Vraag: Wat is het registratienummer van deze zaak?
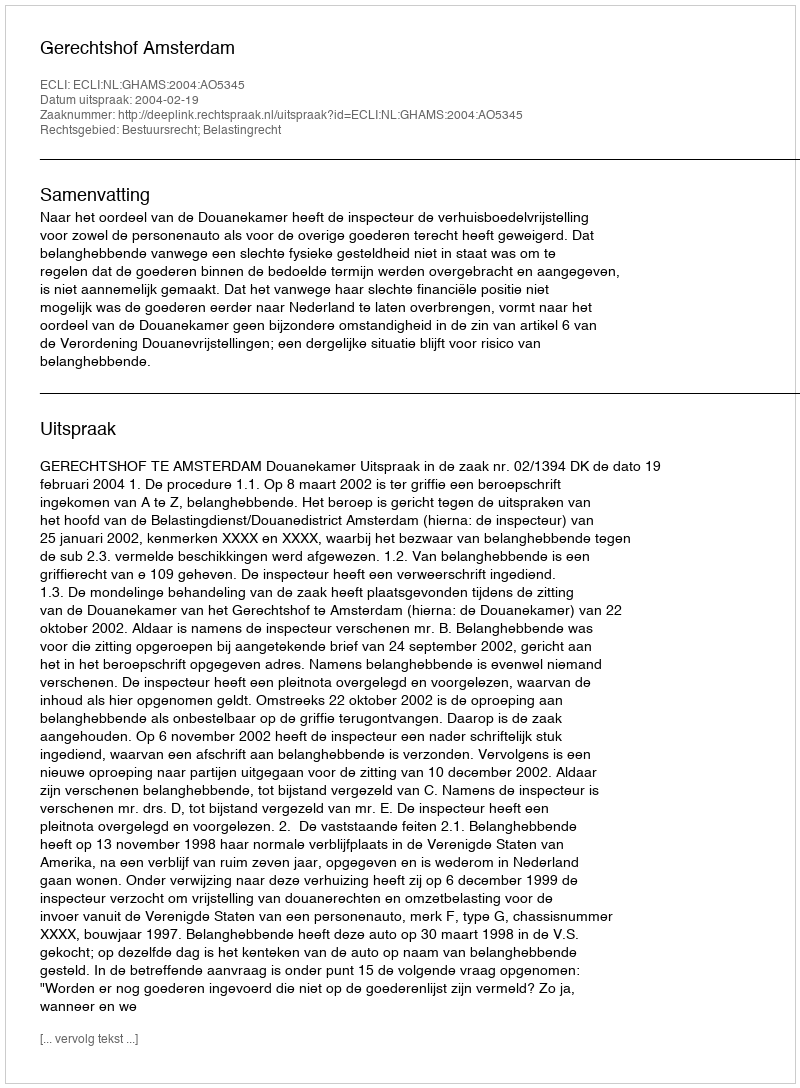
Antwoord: http://deeplink.rechtspraak.nl/uitspraak?id=ECLI:NL:GHAMS:2004:AO5345